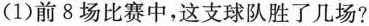
(1)前8场比赛中，这支球队胜了几场?